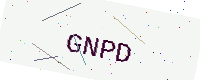
Text: GNPD